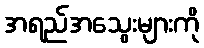
အရည်အသွေးများကို